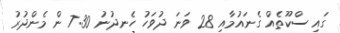
ގައި ސްކޫތެއް ގެނައުމާއި 28 ވަނަ ދުވަހު ހެނދުނު 7:30 ން މެންދުރު